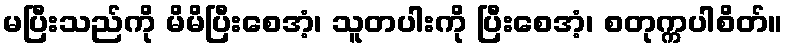
မပြီးသည်ကို မိမိပြီးစေအံ့၊ သူတပါးကို ပြီးစေအံ့၊ စတုက္ကပါစိတ်။